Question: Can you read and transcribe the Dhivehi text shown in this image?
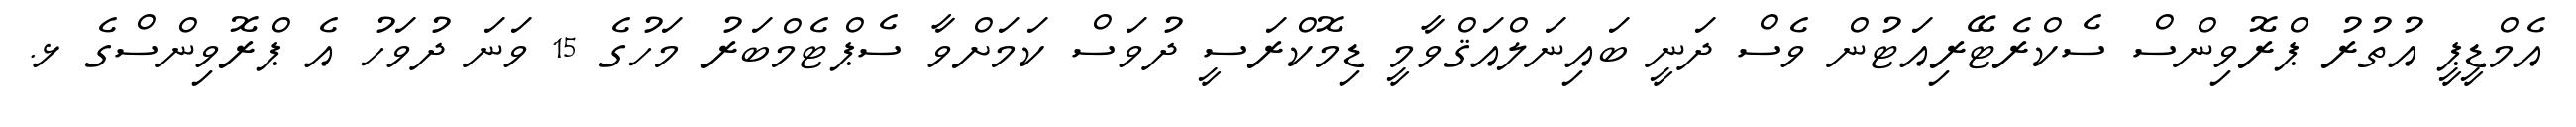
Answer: އެމްޑީޕީ އުތުރު ޕްރޮވިންސް ސެކްރެޓޭރިއަޓުން ވެސް ދަނީ ބައިނަލްއަޤްވާމީ ޑިމޮކްރަސީ ދުވަސް ކަމަށްވާ ސެޕްޓެމްބަރު މަހުގެ 15 ވަނަ ދުވަހު އެ ޕްރޮވިންސްގެ ޅ.